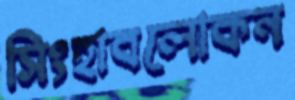
সিংহাবলোকন